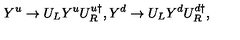
Y ^ { u } \rightarrow U _ { L } Y ^ { u } U _ { R } ^ { u \dagger } , Y ^ { d } \rightarrow U _ { L } Y ^ { d } U _ { R } ^ { d \dagger } ,